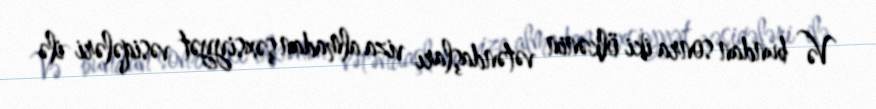
Və bundan sonra iki ölkənin vətəndaşları viza almadan şəxsiyyət vəsiqələri ilə